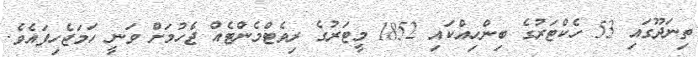
ތިނަދޫގައި 53 ހެކްޓަރުގެ ބިންހިއްކައި 1852 މީޓަރުގެ ރިވެޓްމެންޓެއް ޖެހުމަށް ވަނީ ހަމަޖެހިފައެވެ.